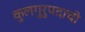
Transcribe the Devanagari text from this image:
कुलगुरुपदाची